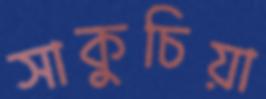
সাকুচিয়া